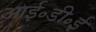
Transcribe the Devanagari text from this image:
आई॰डी॰ई